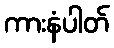
ကားနံပါတ်